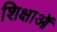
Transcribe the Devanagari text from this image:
शिक्षाऑ